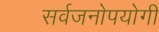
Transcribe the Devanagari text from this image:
सर्वजनाेपयाेगी